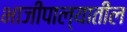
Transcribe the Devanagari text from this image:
भाजीपाल्यातील